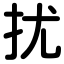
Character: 扰